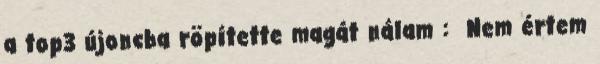
a top3 újoncba röpítette magát nálam : Nem értem